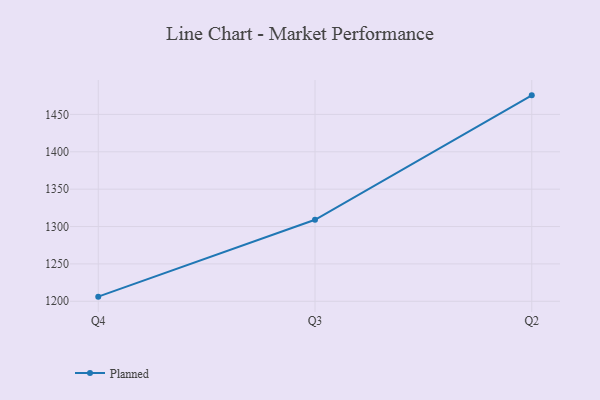
{"axis": {"x": "Quarter", "y": "Population (Million)"}, "legend": ["Planned"], "data": [{"x": "Q4", "y": 1206.2, "type": "Planned"}, {"x": "Q3", "y": 1309.0, "type": "Planned"}, {"x": "Q2", "y": 1475.5, "type": "Planned"}]}